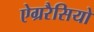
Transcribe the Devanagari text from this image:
ऐग्ररैसियो